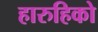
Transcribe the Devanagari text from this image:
हारुहिको